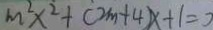
m ^ { 2 } x ^ { 2 } + ( 2 m + 4 ) x + 1 = 0